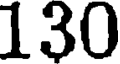
130